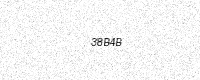
Text: 38B4B